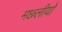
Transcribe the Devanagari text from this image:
मछ्लीयों